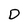
Character: D